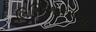
લિસિએકસના